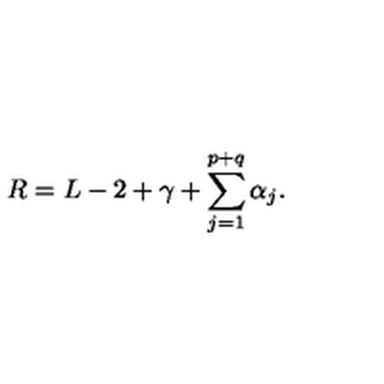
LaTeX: R = L - 2 + \gamma + \sum _ { j = 1 } ^ { p + q } \alpha _ { j } .